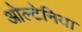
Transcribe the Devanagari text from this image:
ओल्टेनिया